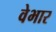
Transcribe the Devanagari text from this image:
वेभार